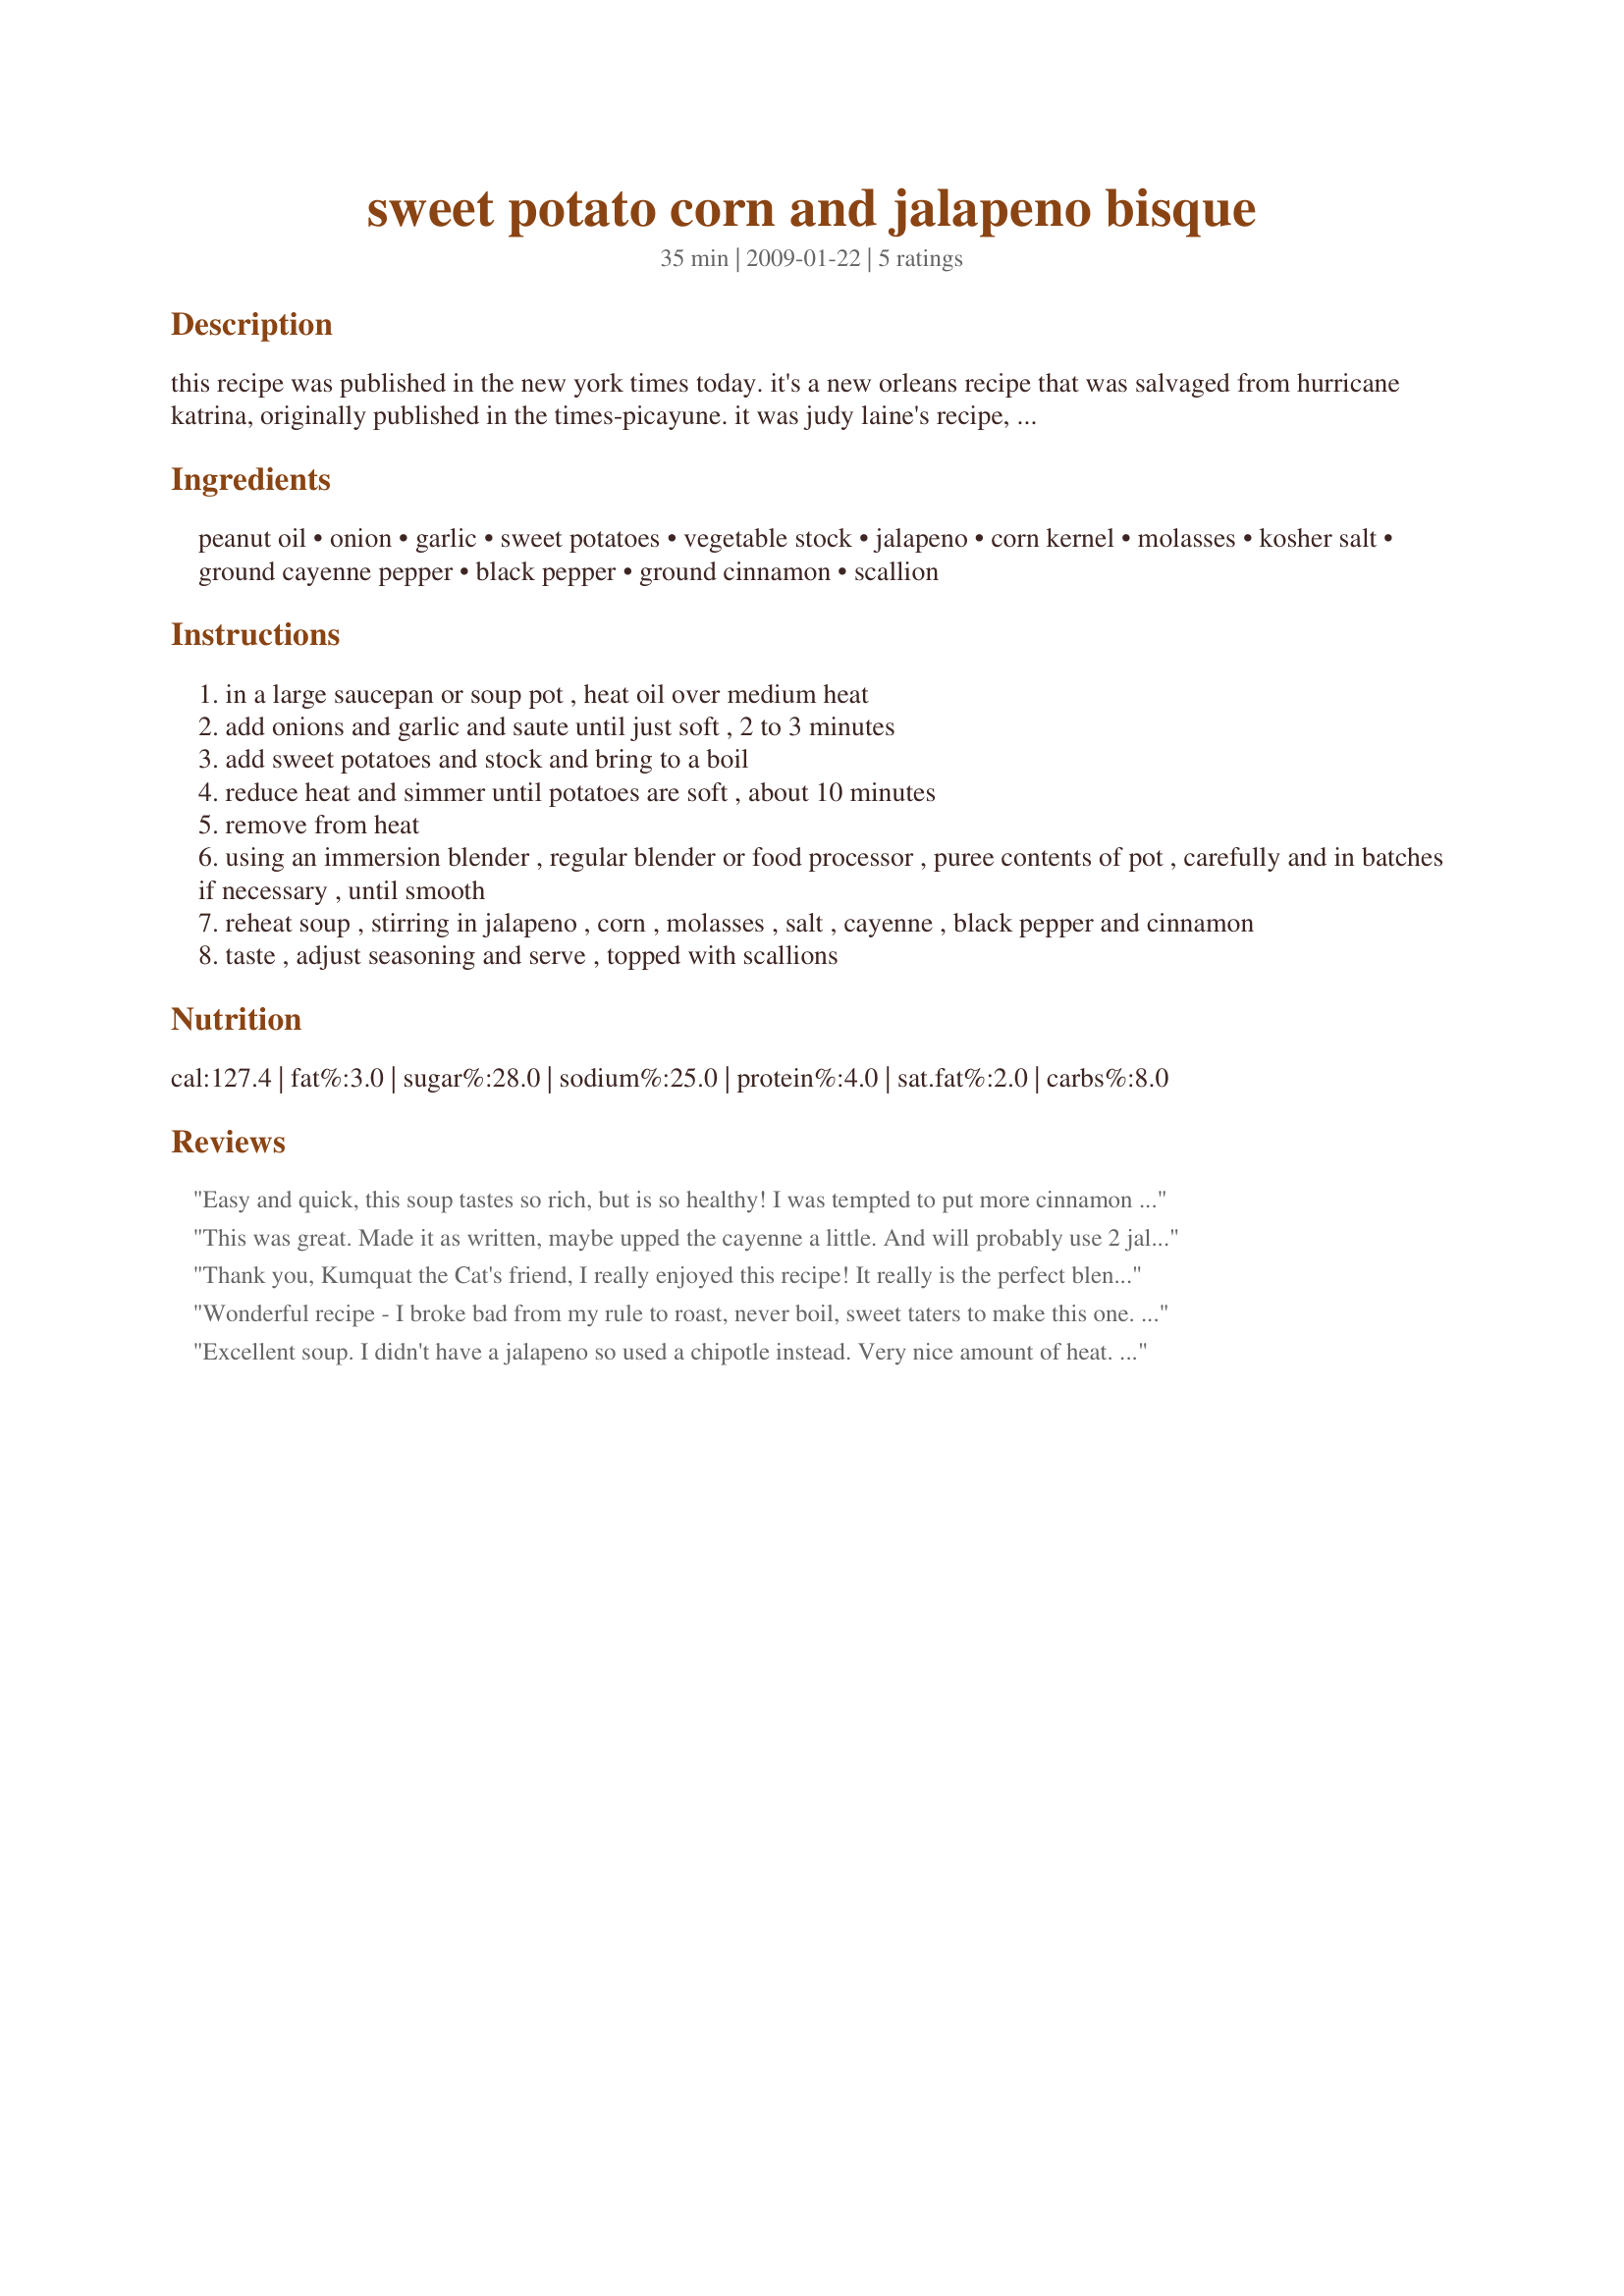
sweet potato corn and jalapeno bisque
Preparation time: 35 minutes

this recipe was published in the new york times today. it's a new orleans recipe that was salvaged from hurricane katrina, originally published in the times-picayune. it was judy laine's recipe, a hurricane survivor whose home was flooded with 10 feet of water and who broke both legs during the storm. it's comforting and very inexpensive. some bisques are vegetarian, but most all have cream. this doesn't, so i'm not sure why it's called a bisque. it's sweet and hot at the same time. i recommend you use less cayenne and jalapeno if you prefer less spicy. molasses gives it an appealing and distinctive taste, though i'm sure you could use other sweeteners if you don't have any.

Ingredients:
peanut oil, onion, garlic, sweet potatoes, vegetable stock, jalapeno, corn kernel, molasses, kosher salt, ground cayenne pepper, black pepper, ground cinnamon, scallion

Steps:
in a large saucepan or soup pot , heat oil over medium heat
add onions and garlic and saute until just soft , 2 to 3 minutes
add sweet potatoes and stock and bring to a boil
reduce heat and simmer until potatoes are soft , about 10 minutes
remove from heat
using an immersion blender , regular blender or food processor , puree contents of pot , carefully and in batches if necessary , until smooth
reheat soup , stirring in jalapeno , corn , molasses , salt , cayenne , black pepper and cinnamon
taste , adjust seasoning and serve , topped with scallions

Reviews:
Easy and quick, this soup tastes so rich, but is so healthy! I was tempted to put more cinnamon in, but the little amount really is perfect.
This was great. Made it as written, maybe upped the cayenne a little. And will probably use 2 jalapenos next time. Love the idea of freezing it, too.
Thank you, Kumquat the Cat's friend, I really enjoyed this recipe! It really is the perfect blend of sweet and heat! The soup was very thick and creamy and will be wonderful this fall when the weather starts to turn cooler. Unfortunately, DH (the meat-eater) was a little unsatisfied - although he said it was surpisingly filling! Oh well - next time I'll just make it for me! Thanks again for the great recipe!
Wonderful recipe - I broke bad from my rule to roast, never boil, sweet taters to make this one. I used Costa Rico sweet potatoes &, my oh my, this was delicious! I used canned sweet corn along with homemade chicken stock & this was just right. Thanks for posting this healthy delicious satisfying soup. I will be making again to freeze & bring when I travel for work. It's that good. Thanks again Kumquat the Cat's Friend!
Excellent soup. I didn't have a jalapeno so used a chipotle instead. Very nice amount of heat. I only had blackstrap molasses and it is a bit obvious in the taste so next time will use the fancy molasses or some other sweetener. As another reviewer said, the amount of cinnamon is just right. I wouldn't use any more. Thanks!
